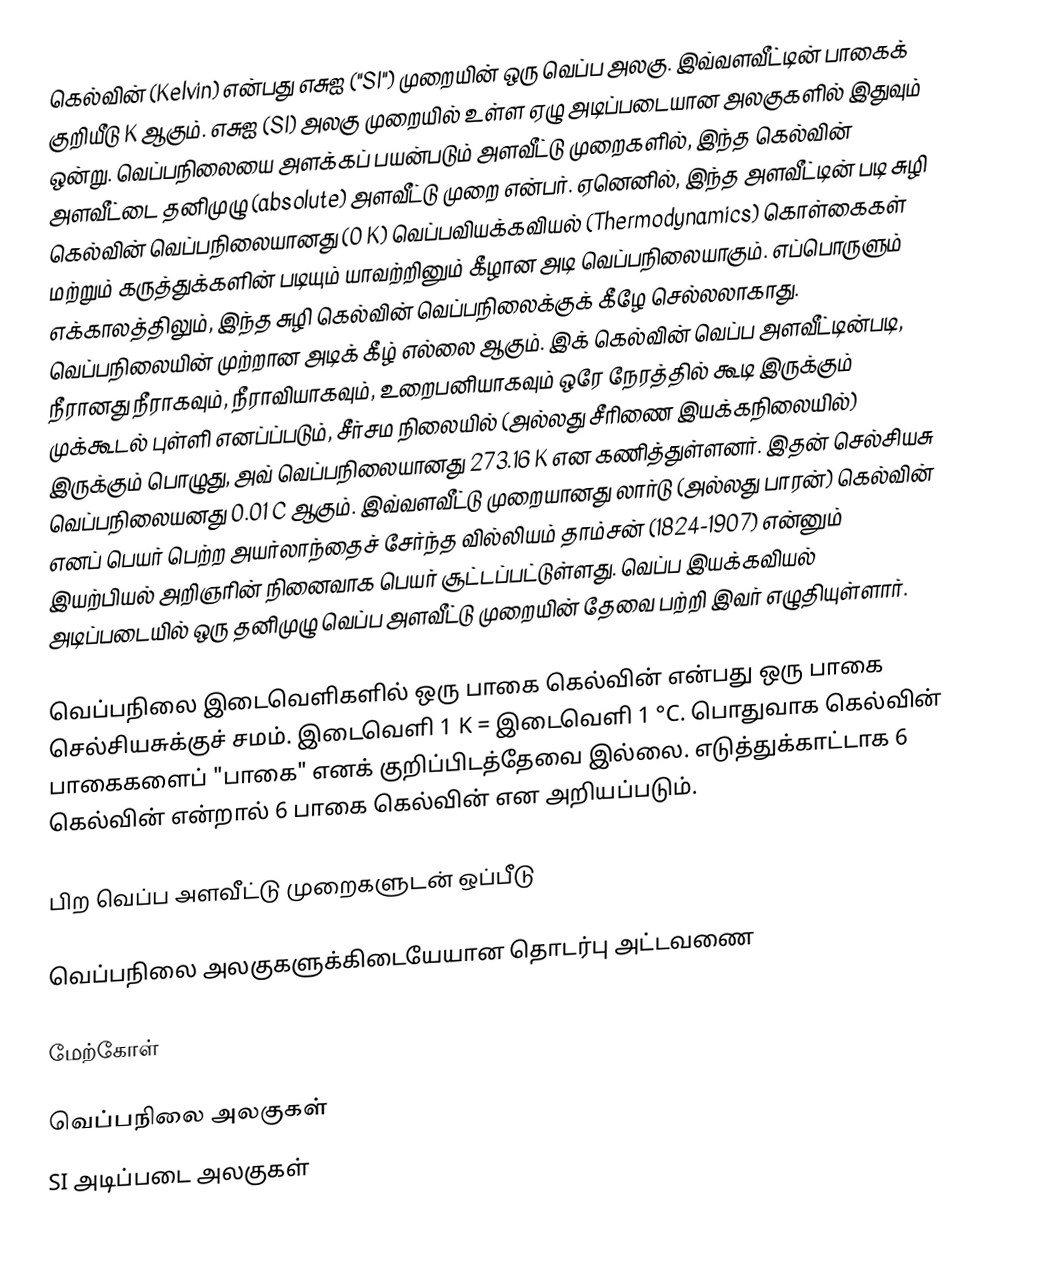
கெல்வின் (Kelvin) என்பது எசுஐ ("SI") முறையின் ஒரு வெப்ப அலகு. இவ்வளவீட்டின் பாகைக் குறியீடு K ஆகும். எசுஐ (SI) அலகு முறையில் உள்ள ஏழு அடிப்படையான அலகுகளில் இதுவும் ஒன்று. வெப்பநிலையை அளக்கப் பயன்படும் அளவீட்டு முறைகளில், இந்த கெல்வின் அளவீட்டை தனிமுழு (absolute) அளவீட்டு முறை என்பர். ஏனெனில், இந்த அளவீட்டின் படி சுழி கெல்வின் வெப்பநிலையானது (0 K) வெப்பவியக்கவியல் (Thermodynamics) கொள்கைகள் மற்றும் கருத்துக்களின் படியும் யாவற்றினும் கீழான அடி வெப்பநிலையாகும். எப்பொருளும் எக்காலத்திலும், இந்த சுழி கெல்வின் வெப்பநிலைக்குக் கீழே செல்லலாகாது. வெப்பநிலையின் முற்றான அடிக் கீழ் எல்லை ஆகும். இக் கெல்வின் வெப்ப அளவீட்டின்படி, நீரானது நீராகவும், நீராவியாகவும், உறைபனியாகவும் ஒரே நேரத்தில் கூடி இருக்கும் முக்கூடல் புள்ளி எனப்ப்படும், சீர்சம நிலையில் (அல்லது சீரிணை இயக்கநிலையில்) இருக்கும் பொழுது, அவ் வெப்பநிலையானது 273.16 K என கணித்துள்ளனர். இதன் செல்சியசு வெப்பநிலையனது 0.01 C ஆகும். இவ்வளவீட்டு முறையானது லார்டு (அல்லது பாரன்) கெல்வின் எனப் பெயர் பெற்ற அயர்லாந்தைச் சேர்ந்த வில்லியம் தாம்சன் (1824-1907) என்னும் இயற்பியல் அறிஞரின் நினைவாக பெயர் சூட்டப்பட்டுள்ளது. வெப்ப இயக்கவியல் அடிப்படையில் ஒரு தனிமுழு வெப்ப அளவீட்டு முறையின் தேவை பற்றி இவர் எழுதியுள்ளார்.

வெப்பநிலை இடைவெளிகளில் ஒரு பாகை கெல்வின் என்பது ஒரு பாகை செல்சியசுக்குச் சமம். இடைவெளி 1 K = இடைவெளி 1 °C. பொதுவாக கெல்வின் பாகைகளைப் "பாகை" எனக் குறிப்பிடத்தேவை இல்லை. எடுத்துக்காட்டாக 6 கெல்வின் என்றால் 6 பாகை கெல்வின் என அறியப்படும்.

பிற வெப்ப அளவீட்டு முறைகளுடன் ஒப்பீடு

வெப்பநிலை அலகுகளுக்கிடையேயான தொடர்பு அட்டவணை

மேற்கோள்

வெப்பநிலை அலகுகள்
SI அடிப்படை அலகுகள்